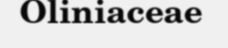
Oliniaceae